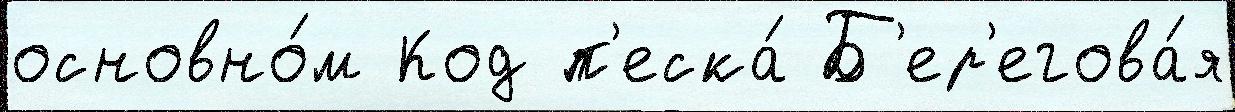
основно́м Код п'еска́ Б'ер'егова́я